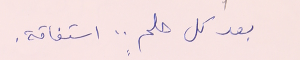
بعد كل حلمٍ .. استفاقة.